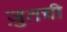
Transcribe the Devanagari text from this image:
ज़ुतची